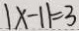
\vert x - 1 \vert = 3